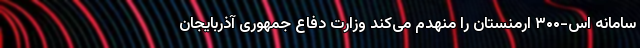
سامانه اس-۳۰۰ ارمنستان را منهدم می‌کند وزارت دفاع جمهوری آذربایجان